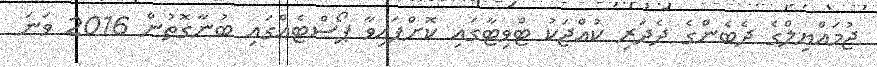
ޖުމައްޔިލްގެ ދެބެންގެ ދެދަރި ކުއްޖަކު ޓްވިޓާގައި ކޮށްފައިވާ ޕޯސްޓެއްގައި ބުނާގޮތުން 2016 ވަނަ